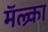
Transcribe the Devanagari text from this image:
मॅल्र्का